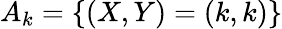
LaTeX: A_{k}=\{ (X,Y)=(k,k)\}